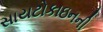
સાયટોકાઇનની